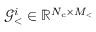
\mathcal { G } _ { < } ^ { i } \in \mathbb { R } ^ { N _ { c } \times M _ { < } }